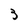
Character: 3